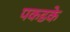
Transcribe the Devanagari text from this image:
पकडके